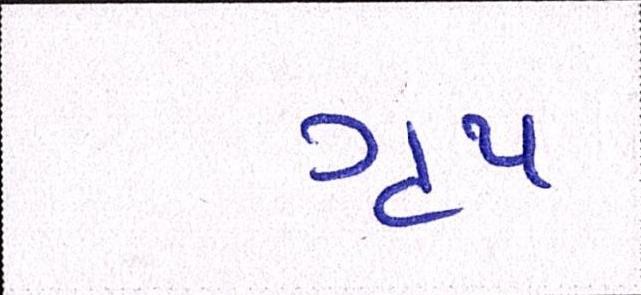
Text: ગૃપ